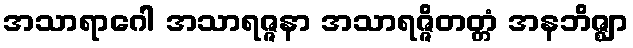
အသာရာဂေါ အသာရဇ္ဇနာ အသာရဇ္ဇိတတ္တံ အနဘိဇ္ဈာ